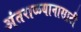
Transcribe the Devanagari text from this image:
अंतराळयानासाठी